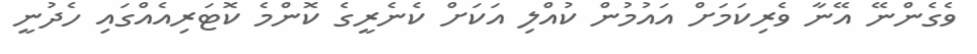
ވެގެންނޭ އޭނާ ވެރިކަމަށް އައުމުން ކުއްލި އަކަށް ކެނެރީގެ ކޮންމެ ކޮޓަރިއެއްގައި ހެދުނީ